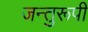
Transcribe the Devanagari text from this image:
जन्तुरूपी